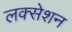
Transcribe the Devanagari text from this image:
लक्सेशन